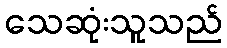
သေဆုံးသူသည်